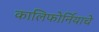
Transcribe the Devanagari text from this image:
कालिफोर्नियाचे